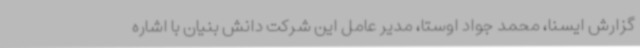
گزارش ایسنا، محمد جواد اوستا، مدیر عامل این شرکت دانش بنیان با اشاره